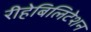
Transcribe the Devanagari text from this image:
रीहेबिलिटेशन